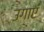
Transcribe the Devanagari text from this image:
उगाएं